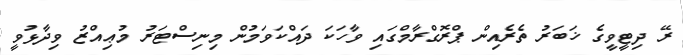
ރޭ ދިޓީވީގެ ޚަބަރު ތެރެއިން ޕްރޮގްރާމްގައި ވާހަކަ ދައްކަވަމުން މިނިސްޓަރު މުޢިއްޒު ވިދާޅުވީ